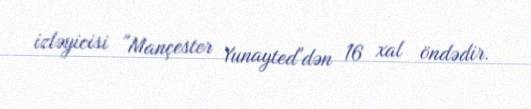
izləyicisi "Mançester Yunayted"dən 16 xal öndədir.